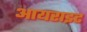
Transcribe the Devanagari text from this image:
आयराइट